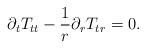
LaTeX: \begin{align*}\partial_t T_{tt} - \frac{1}{r} \partial_{r} T_{tr} = 0.\end{align*}